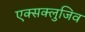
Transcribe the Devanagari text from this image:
एक्सक्लुजिव